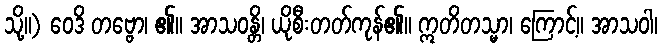
သို့။) ဝေဒိ တဗ္ဗော၊ ၏။ အာသဝန္တိ၊ ယိုစီးတတ်ကုန်၏။ ဣတိတသ္မာ၊ ကြောင့်။ အာသဝါ၊